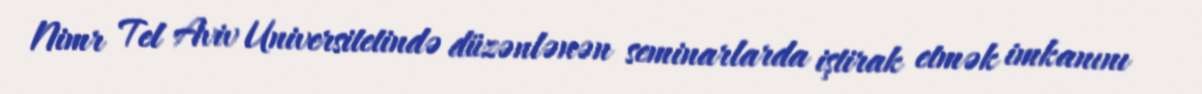
Nimr Tel Aviv Universitetində düzənlənən seminarlarda iştirak etmək imkanını